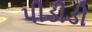
પીડીડી